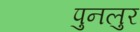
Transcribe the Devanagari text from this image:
पुनलुर